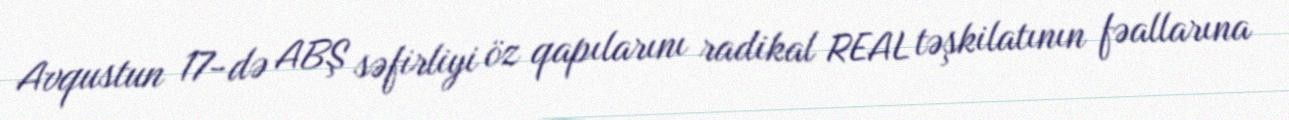
Avqustun 17-də ABŞ səfirliyi öz qapılarını radikal REAL təşkilatının fəallarına